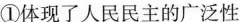
①体现了人民民主的广泛性